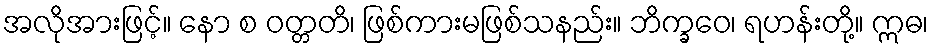
အလိုအားဖြင့်။ နော စ ဝတ္တတိ၊ ဖြစ်ကားမဖြစ်သနည်း။ ဘိက္ခဝေ၊ ရဟန်းတို့။ ဣဓ၊